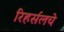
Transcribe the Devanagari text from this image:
रिहर्सलचे